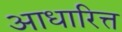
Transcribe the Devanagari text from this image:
आधारित्त